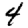
Digit: 4